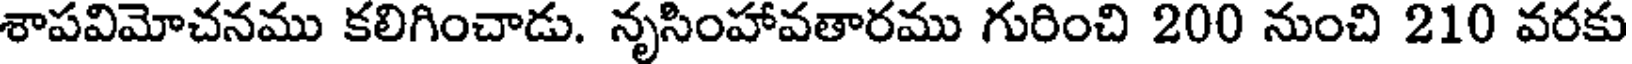
శాపవిమోచనము కలిగించాడు. నృసింహావతారము గురించి 200 నుంచి 210 వరకు